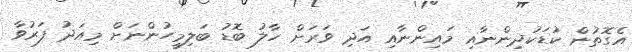
އެގޮތުން ކުޑަކުދިންނާއި މައިންނާއި އަދި ވަރަށް ހާލު ބޮޑު ބަލިމީހުންނަށް މިއަދު ފަރުވާ